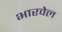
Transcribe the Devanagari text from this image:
भारवेल